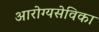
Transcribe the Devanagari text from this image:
आरोग्यसेविका